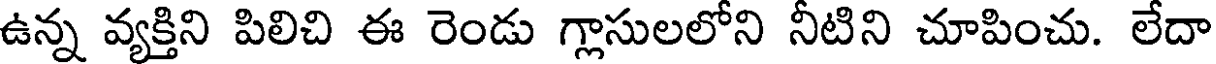
ఉన్న వ్యక్తిని పిలిచి ఈ రెండు గ్లాసులలోని నీటిని చూపించు. లేదా